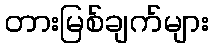
တားမြစ်ချက်များ